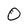
Character: 0